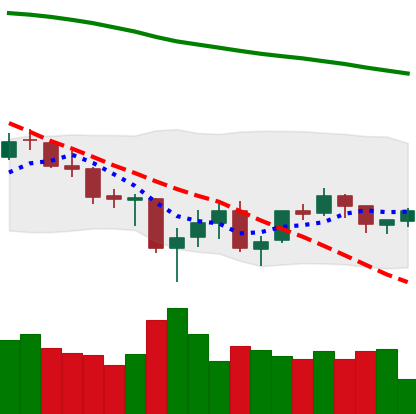
Ticker: BTC-USD
Chart end date: 2021-07-03
Forward return: -5.167%
Label: down_5_7